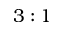
3 : 1